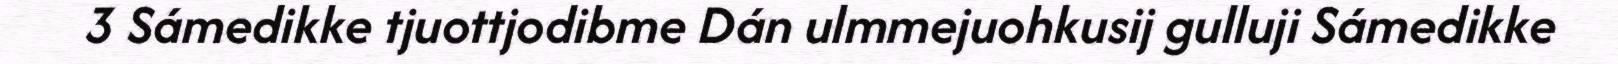
3 Sámedikke tjuottjodibme Dán ulmmejuohkusij gulluji Sámedikke